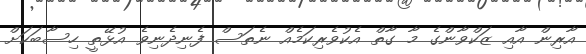
އާރިން އާއި ޒަކްވާންގެ މާ ގާތް އެކުވެރިކަމެއް ނެތަސް ފެނިދެނިވެ އުޅޭތީ ހިސާބަކަށް